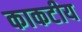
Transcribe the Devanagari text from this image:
काकटीय